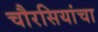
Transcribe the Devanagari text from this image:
चौरसियांचा